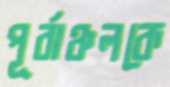
পূর্বাঞ্চলকে